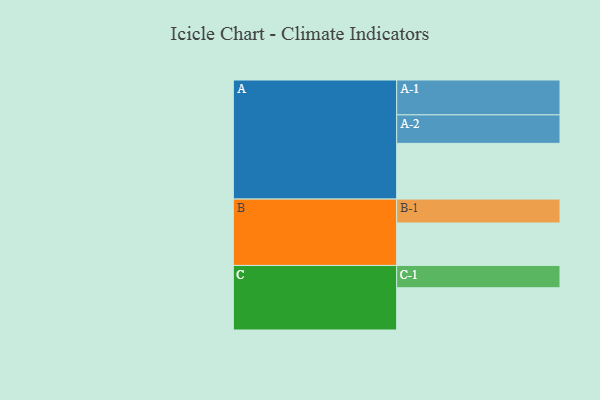
{"axis": {"x": "Segment", "y": "Value"}, "legend": ["", "A", "B", "C"], "data": [{"x": "A", "y": 462, "type": ""}, {"x": "B", "y": 352, "type": ""}, {"x": "C", "y": 350, "type": ""}, {"x": "A-1", "y": 289, "type": "A"}, {"x": "A-2", "y": 236, "type": "A"}, {"x": "B-1", "y": 198, "type": "B"}, {"x": "C-1", "y": 185, "type": "C"}]}